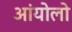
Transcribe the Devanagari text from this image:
आंयोलो